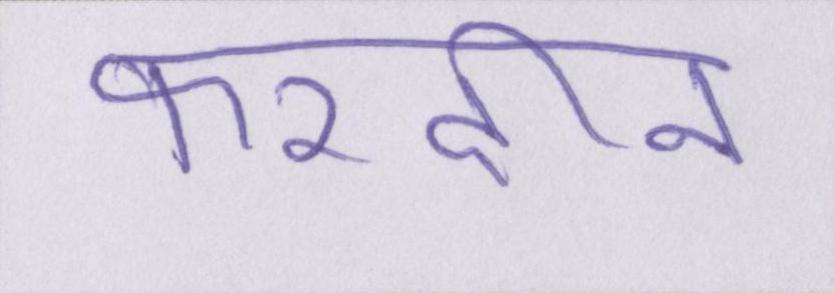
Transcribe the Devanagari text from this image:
फरदीन